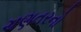
ચણતરનો